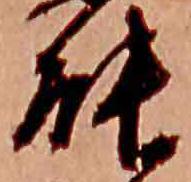
能